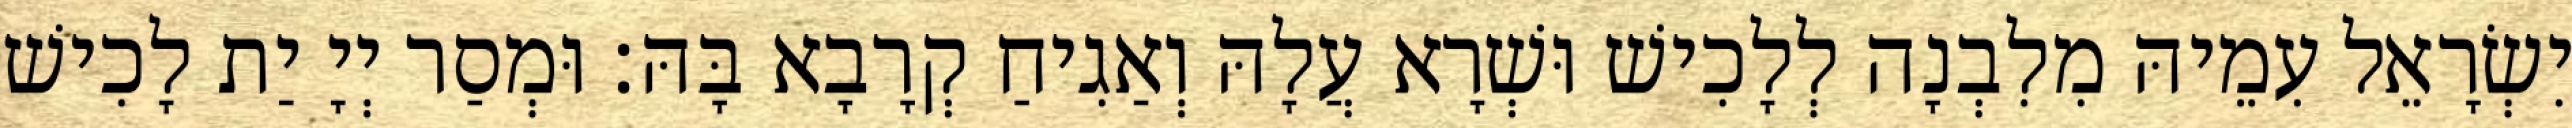
יִשְׂרָאֵל עִמֵיהּ מִלִבְנָה לְלָכִישׁ וּשְׁרָא עֲלָהּ וְאַגִיחַ קְרָבָא בָּהּ׃ וּמְסַר יְיָ יַת לָכִישׁ